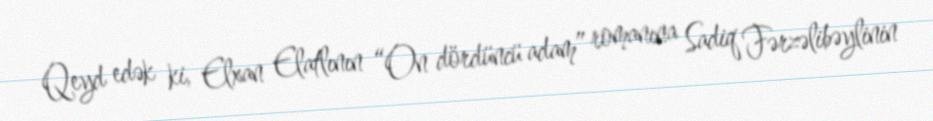
Qeyd edək ki, Elxan Elatlının “On dördüncü adam” romanına Sadiq Fərzəlibəylinin